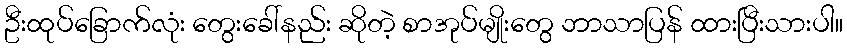
ဦးထုပ်ခြောက်လုံး တွေးခေါ်နည်း ဆိုတဲ့ စာအုပ်မျိုးတွေ ဘာသာပြန် ထားပြီးသားပါ။